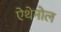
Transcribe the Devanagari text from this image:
ऐथेनोल